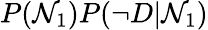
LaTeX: P(\mathcal{N}_{1})P(\neg D|\mathcal{N}_{1})